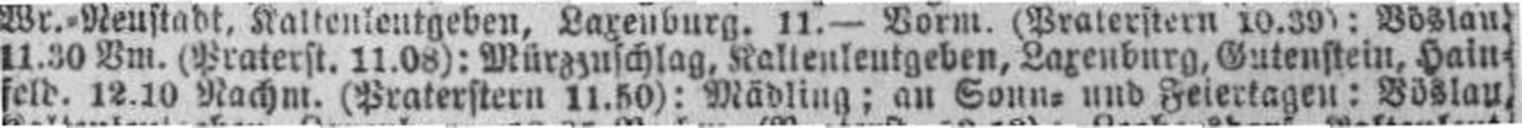
feld. 12.10 Nachm. (Praterstern 11.50): Mädling; an Sonn= und Feiertagen: Böslau,